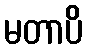
မတာပိ